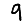
Digit: 9